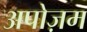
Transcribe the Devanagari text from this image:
अपोज़म